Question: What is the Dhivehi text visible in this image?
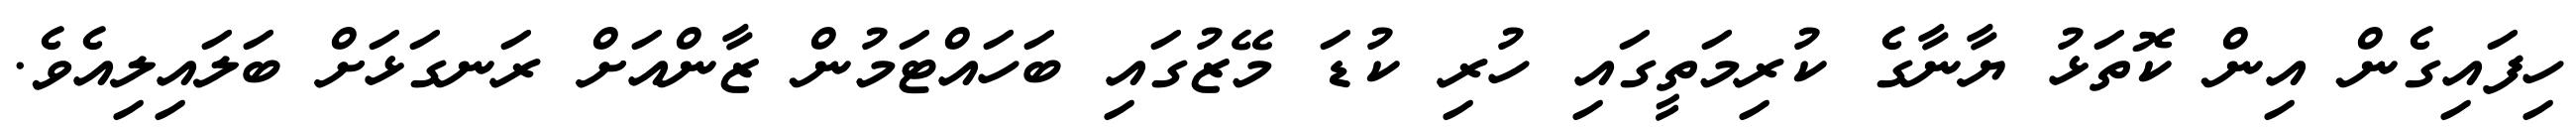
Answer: ހިފައިގެން އިން ކޮތަޅު ޔާނާގެ ކުރިމަތީގައި ހުރި ކުޑަ މޭޒުގައި ބަހައްޓަމުން ޒާންއަށް ރަނގަޅަށް ބަލައިލިއެވެ.